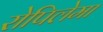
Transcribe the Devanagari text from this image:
रोपिलेमा